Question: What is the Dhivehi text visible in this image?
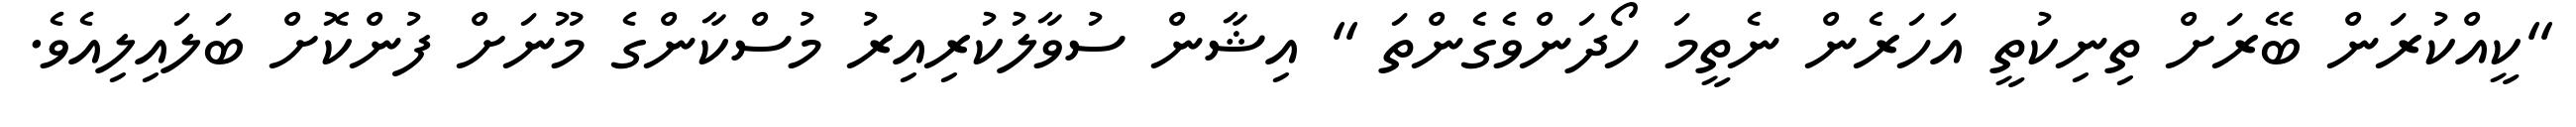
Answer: "ކީއްކުރަން ބޭރަށް ތިނިކުތީ އަހަރެން ނެތީމަ ހޯދަންވެގެންތަ " އިޝާން ސުވާލުކުރިއިރު މުސްކާންގެ މޫނަށް ފުންކޮށް ބަލައިލިއެވެ.